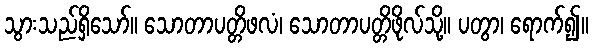
သွားသည်ရှိသော်။ သောတာပတ္တိဖလံ၊ သောတာပတ္တိဖိုလ်သို့။ ပတွာ၊ ရောက်၍။